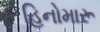
હિનોમારૂ